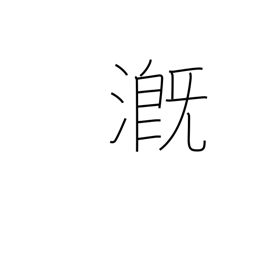
Meaning: pour